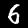
Label: 6